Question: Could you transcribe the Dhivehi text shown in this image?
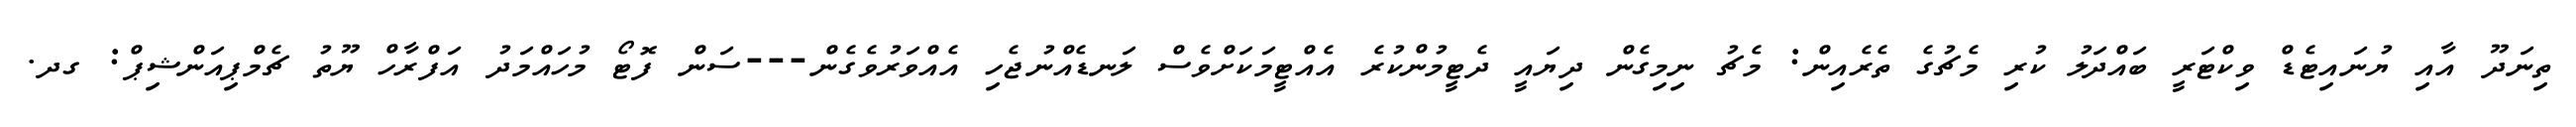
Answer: ތިނަދޫ އާއި ޔުނައިޓެޑް ވިކްޓަރީ ބައްދަލު ކުރި މެޗުގެ ތެރެއިން: މެޗު ނިމިގެން ދިޔައީ ދެޓީމުންކުރެ އެއްޓީމަކަށްވެސް ލަނޑެއްނުޖެހި އެއްވަރުވެގެން---ސަން ފޮޓޯ މުހައްމަދު އަފްރާހް ޔޫތު ޗެމްޕިއަންޝިޕް: ގދ.